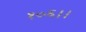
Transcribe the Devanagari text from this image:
१०६।।